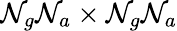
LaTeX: \mathcal{N}_{g}\mathcal{N}_{a}\times\mathcal{N}_{g}\mathcal{N}_{a}